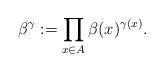
LaTeX: \begin{align*}\beta^{\gamma} := \displaystyle\prod_{x\in A} \beta(x)^{\gamma(x)}.\end{align*}